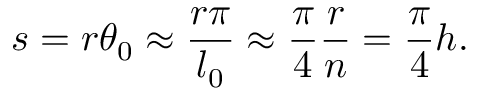
s = r \theta _ { 0 } \approx \frac { r \pi } { l _ { 0 } } \approx \frac { \pi } { 4 } \frac { r } { n } = \frac { \pi } { 4 } h .